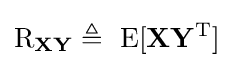
\operatorname {R} _{\mathbf {X} \mathbf {Y} }\triangleq \ \operatorname {E} [\mathbf {X} \mathbf {Y} ^{\rm {T}}]